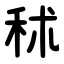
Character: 秫